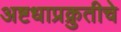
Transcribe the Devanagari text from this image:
अष्टधाप्रक्रुतीचे